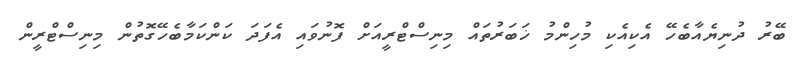
ބޭރު ދުނިޔެއާބެހޭ އެކިއެކި މުހިންމު ޚަބަރުތައް މިނިސްޓްރީއަށް ފޮނުވައި އެފަދަ ކަންކަމާބެހޭގޮތުން މިނިސްޓްރީން